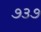
૭૩૭